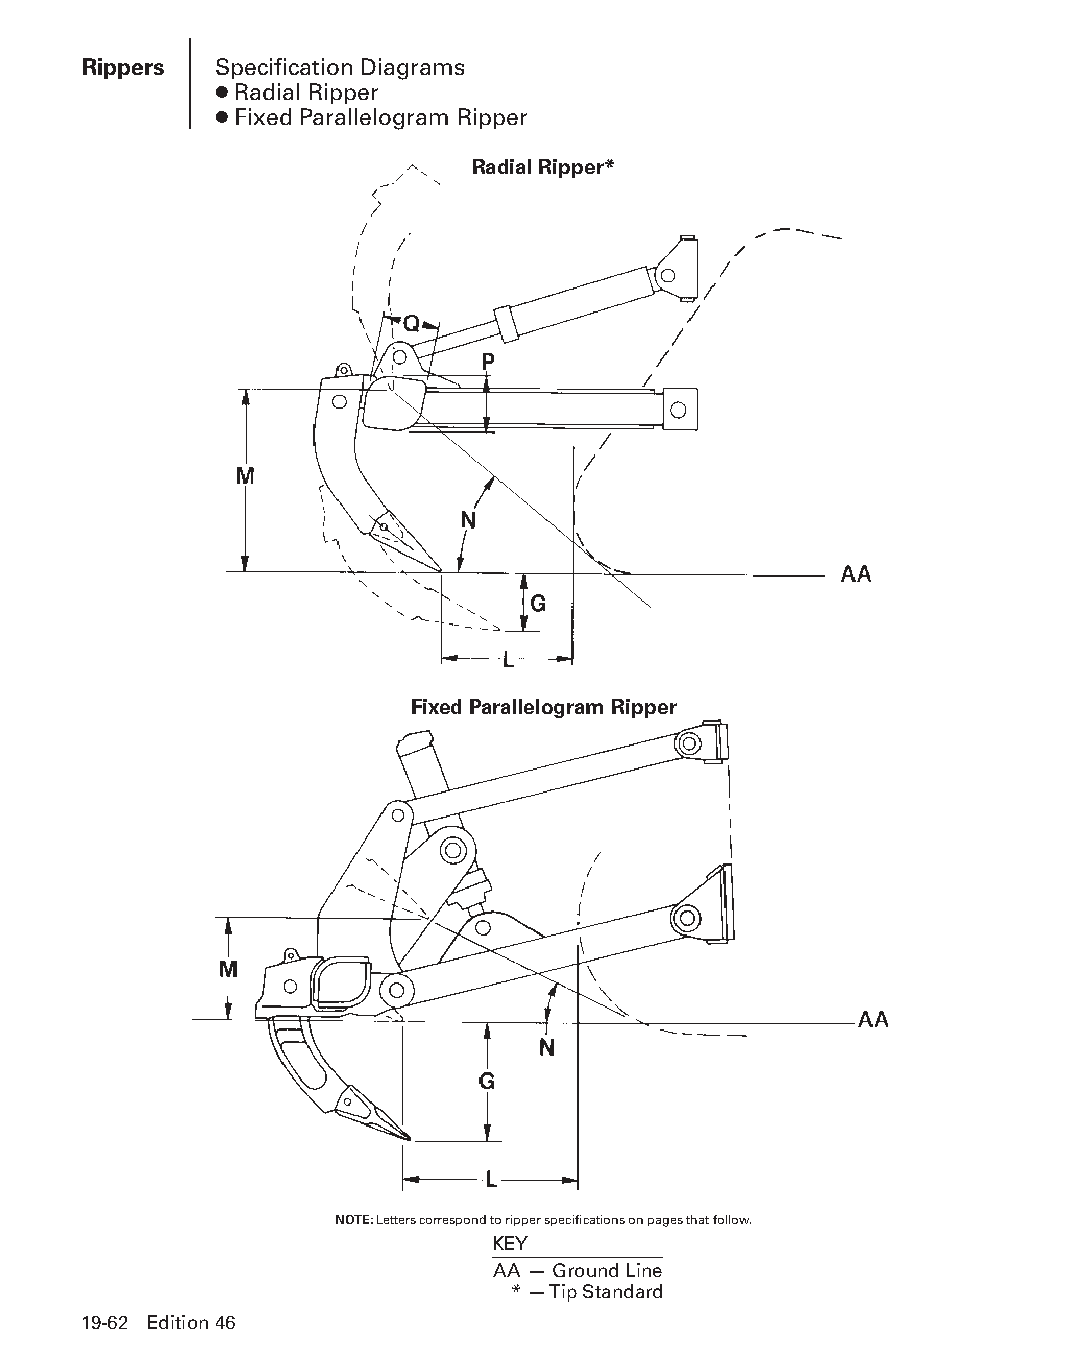
Rippers  Specification Diagrams
 ● Radial Ripper
 ● Fixed Parallelogram Ripper
 Radial Ripper*
 Fixed Parallelogram Ripper
 NOTE: Letters correspond to ripper specifications on pages that follow.
 KEY
 AA — Ground Line
 * — Tip Standard
 19-62 Edition 46
 PPHHBB--SSeecc1199--TTTTTT--44--RRiippppeerrss((ppgg5599--8822))..iinndddd 6622 1122//44//1155 1111::0000 AAMM